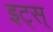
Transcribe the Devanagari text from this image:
इट्स्